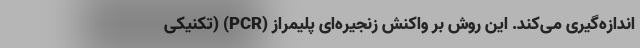
اندازه‌گیری می‌کند. این روش بر واکنش زنجیره‌ای پلیمراز (PCR) (تکنیکی